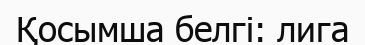
Қосымша белгі: лига